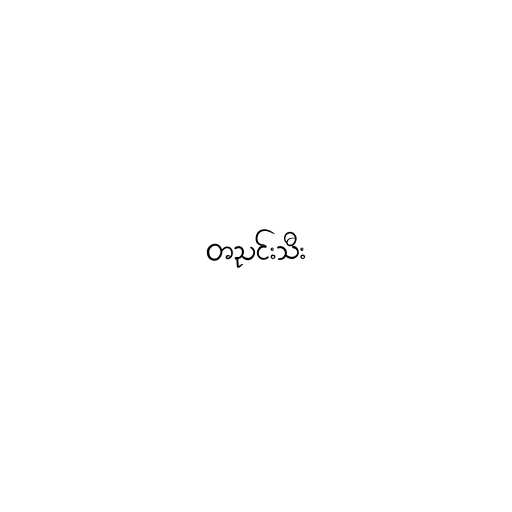
တညင်းသီး